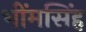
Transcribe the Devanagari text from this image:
भींमसिंह